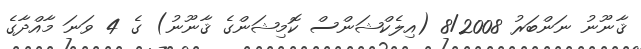
ޤާނޫނު ނަންބަރު 8/2008 (އިލެކްޝަންސް ކޮމިޝަންގެ ޤާނޫނު) ގެ 4 ވަނަ މާއްދާގެ